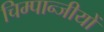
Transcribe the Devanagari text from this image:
चिम्पान्जीयों